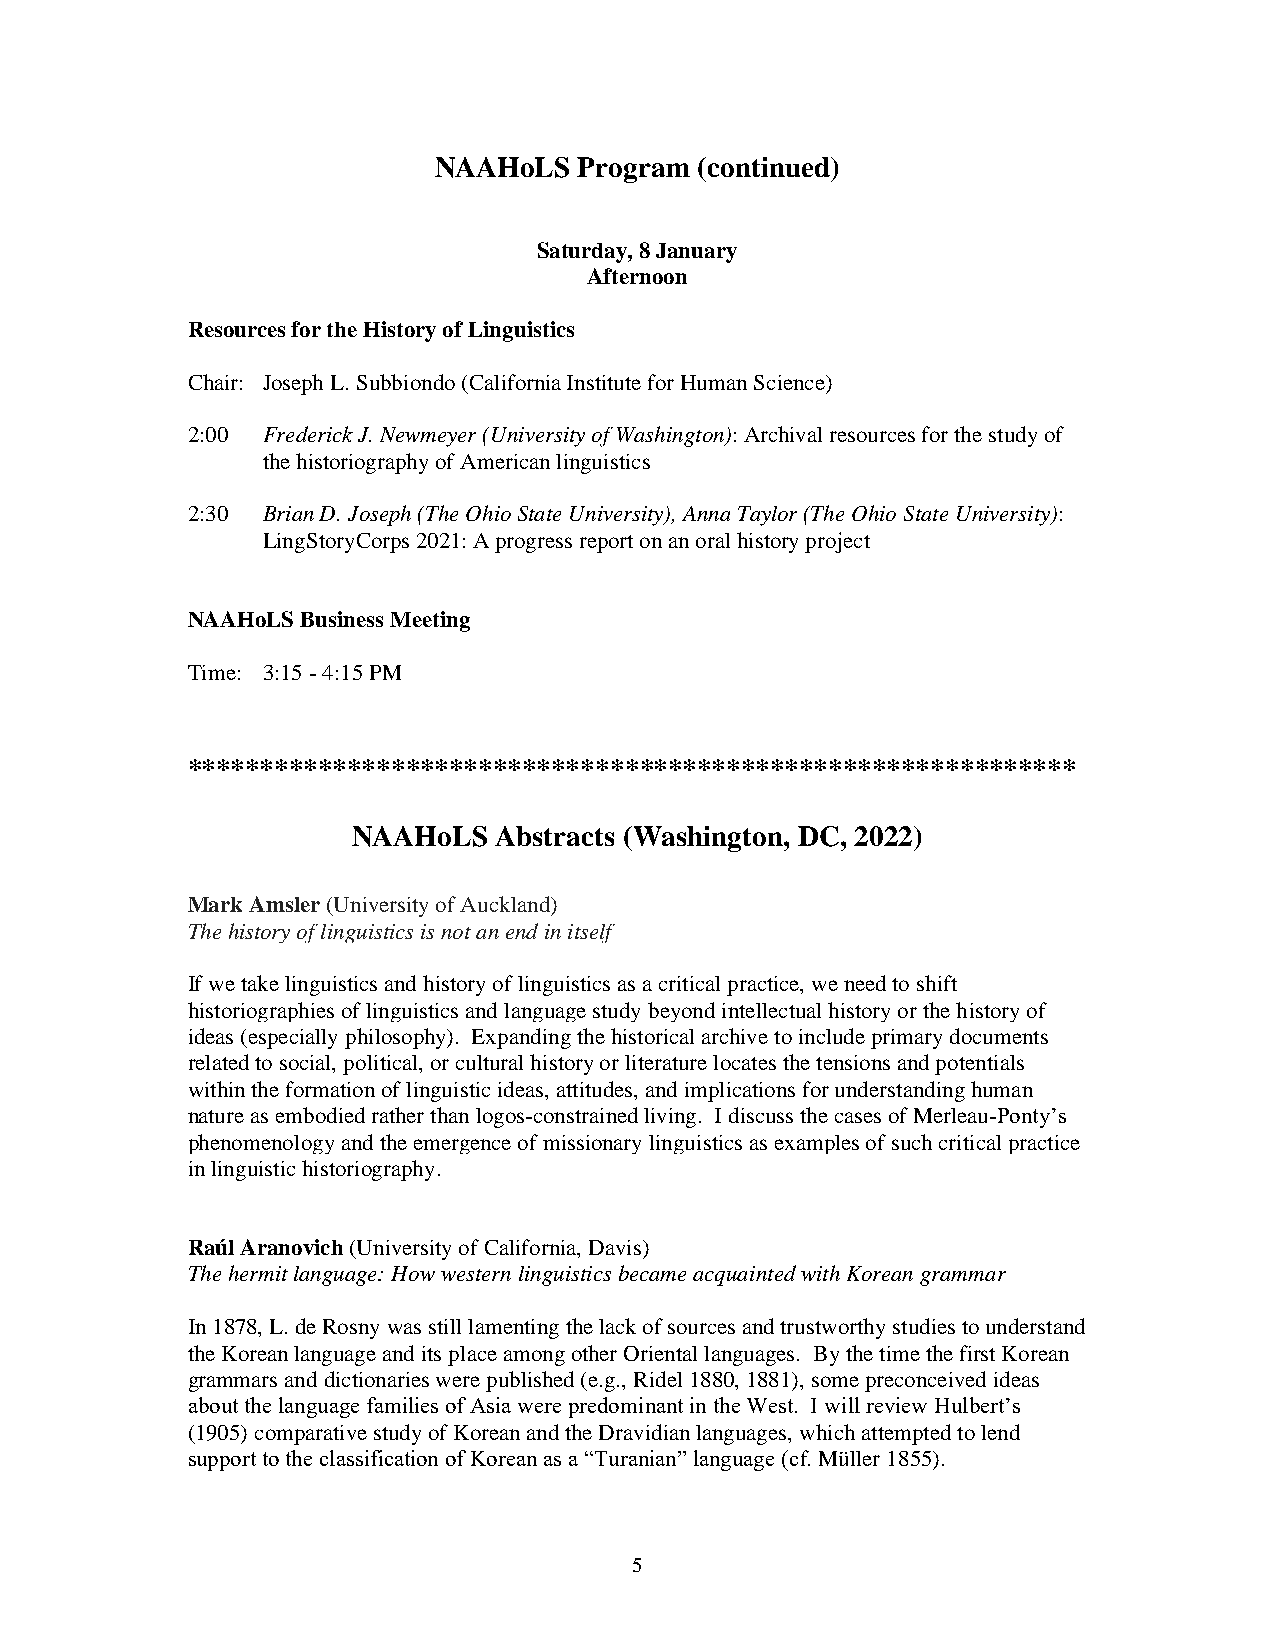
NAAHoLS  Program (continued)
 Saturday, 8 January
 Afternoon
 Resources for the History of Linguistics
 Chair: Joseph L. Subbiondo (California Institute for Human Science)
 2:00 Frederick J. Newmeyer (University of Washington): Archival resources for the study of
 the historiography of American linguistics
 2:30 Brian D. Joseph (The Ohio State University), Anna Taylor (The Ohio State University):
 LingStoryCorps 2021: A progress report on an oral history project
 NAAHoLS Business Meeting
 Time: 3:15 - 4:15 PM
 *************************************************************
 NAAHoLS   Abstracts (Washington, DC, 2022)
 Mark Amsler (University of Auckland)
 The history of linguistics is not an end in itself
 If we take linguistics and history of linguistics as a critical practice, we need to shift
 historiographies of linguistics and language study beyond intellectual history or the history of
 ideas (especially philosophy). Expanding the historical archive to include primary documents
 related to social, political, or cultural history or literature locates the tensions and potentials
 within the formation of linguistic ideas, attitudes, and implications for understanding human
 nature as embodied rather than logos-constrained living. I discuss the cases of Merleau-Ponty’s
 phenomenology and the emergence of missionary linguistics as examples of such critical practice
 in linguistic historiography.
 Raúl Aranovich (University of California, Davis)
 The hermit language: How western linguistics became acquainted with Korean grammar
 In 1878, L. de Rosny was still lamenting the lack of sources and trustworthy studies to understand
 the Korean language and its place among other Oriental languages. By the time the first Korean
 grammars and dictionaries were published (e.g., Ridel 1880, 1881), some preconceived ideas
 about the language families of Asia were predominant in the West. I will review Hulbert’s
 (1905) comparative study of Korean and the Dravidian languages, which attempted to lend
 support to the classification of Korean as a “Turanian” language (cf. Müller 1855).
 5